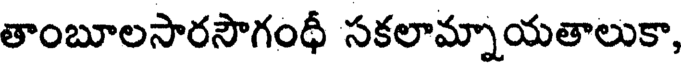
తాంబూలసారసౌగంధథీ సకలామ్నాయతాలుకా,